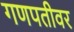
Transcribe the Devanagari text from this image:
गणपतीवर